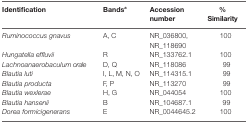
<table><thead><tr><td><b>Identification</b></td><td><b>Bands<sup>a</sup></b></td><td><b>Accession number</b></td><td><b>% Similarity</b></td></tr></thead><tbody><tr><td><i>Ruminococcus gnavus</i></td><td>A, C</td><td>NR_036800, NR_118690</td><td>100</td></tr><tr><td><i>Hungatella effluvii</i></td><td>R</td><td>NR_133762.1</td><td>100</td></tr><tr><td><i>Lachnoanaerobaculum orale</i></td><td>D, Q</td><td>NR_118086</td><td>99</td></tr><tr><td><i>Blautia luti</i></td><td>I, L, M, N, O</td><td>NR_114315.1</td><td>99</td></tr><tr><td><i>Blautia producta</i></td><td>F, P</td><td>NR_113270</td><td>99</td></tr><tr><td><i>Blautia wexlerae</i></td><td>H, G</td><td>NR_044054</td><td>100</td></tr><tr><td><i>Blautia hansenii</i></td><td>B</td><td>NR_104687.1</td><td>99</td></tr><tr><td><i>Dorea formicigenerans</i></td><td>E</td><td>NR_0044645.2</td><td>100</td></tr></tbody></table>